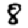
Digit: 8